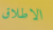
الاطلاق